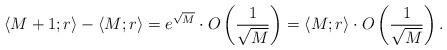
LaTeX: \begin{align*}\langle M+1; r \rangle - \langle M; r \rangle = e^{\sqrt{M}} \cdot O\left( \frac{1}{\sqrt{M}} \right)= \langle M; r \rangle \cdot O\left( \frac{1}{\sqrt{M}} \right).\end{align*}